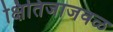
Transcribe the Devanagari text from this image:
क्षितिजाजवळ